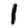
Digit: 1